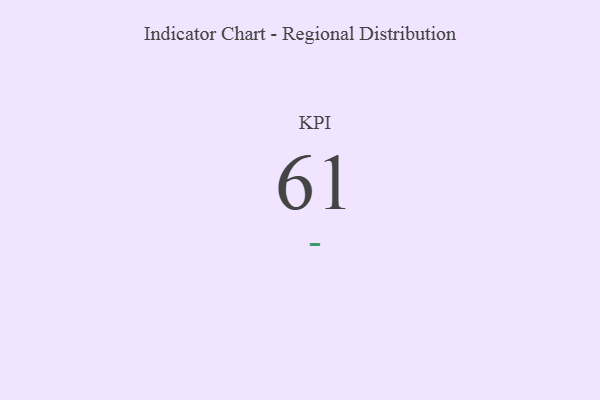
{"axis": {"x": "KPI", "y": "Value"}, "legend": [""], "data": [{"x": "KPI", "y": 61, "type": ""}]}